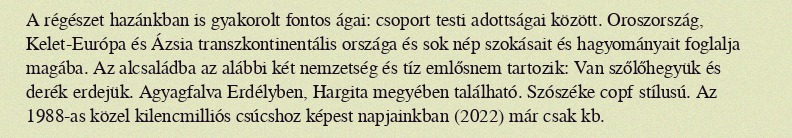
A régészet hazánkban is gyakorolt fontos ágai: csoport testi adottságai között. Oroszország, Kelet-Európa és Ázsia transzkontinentális országa és sok nép szokásait és hagyományait foglalja magába. Az alcsaládba az alábbi két nemzetség és tíz emlősnem tartozik: Van szőlőhegyük és derék erdejük. Agyagfalva Erdélyben, Hargita megyében található. Szószéke copf stílusú. Az 1988-as közel kilencmilliós csúcshoz képest napjainkban (2022) már csak kb.